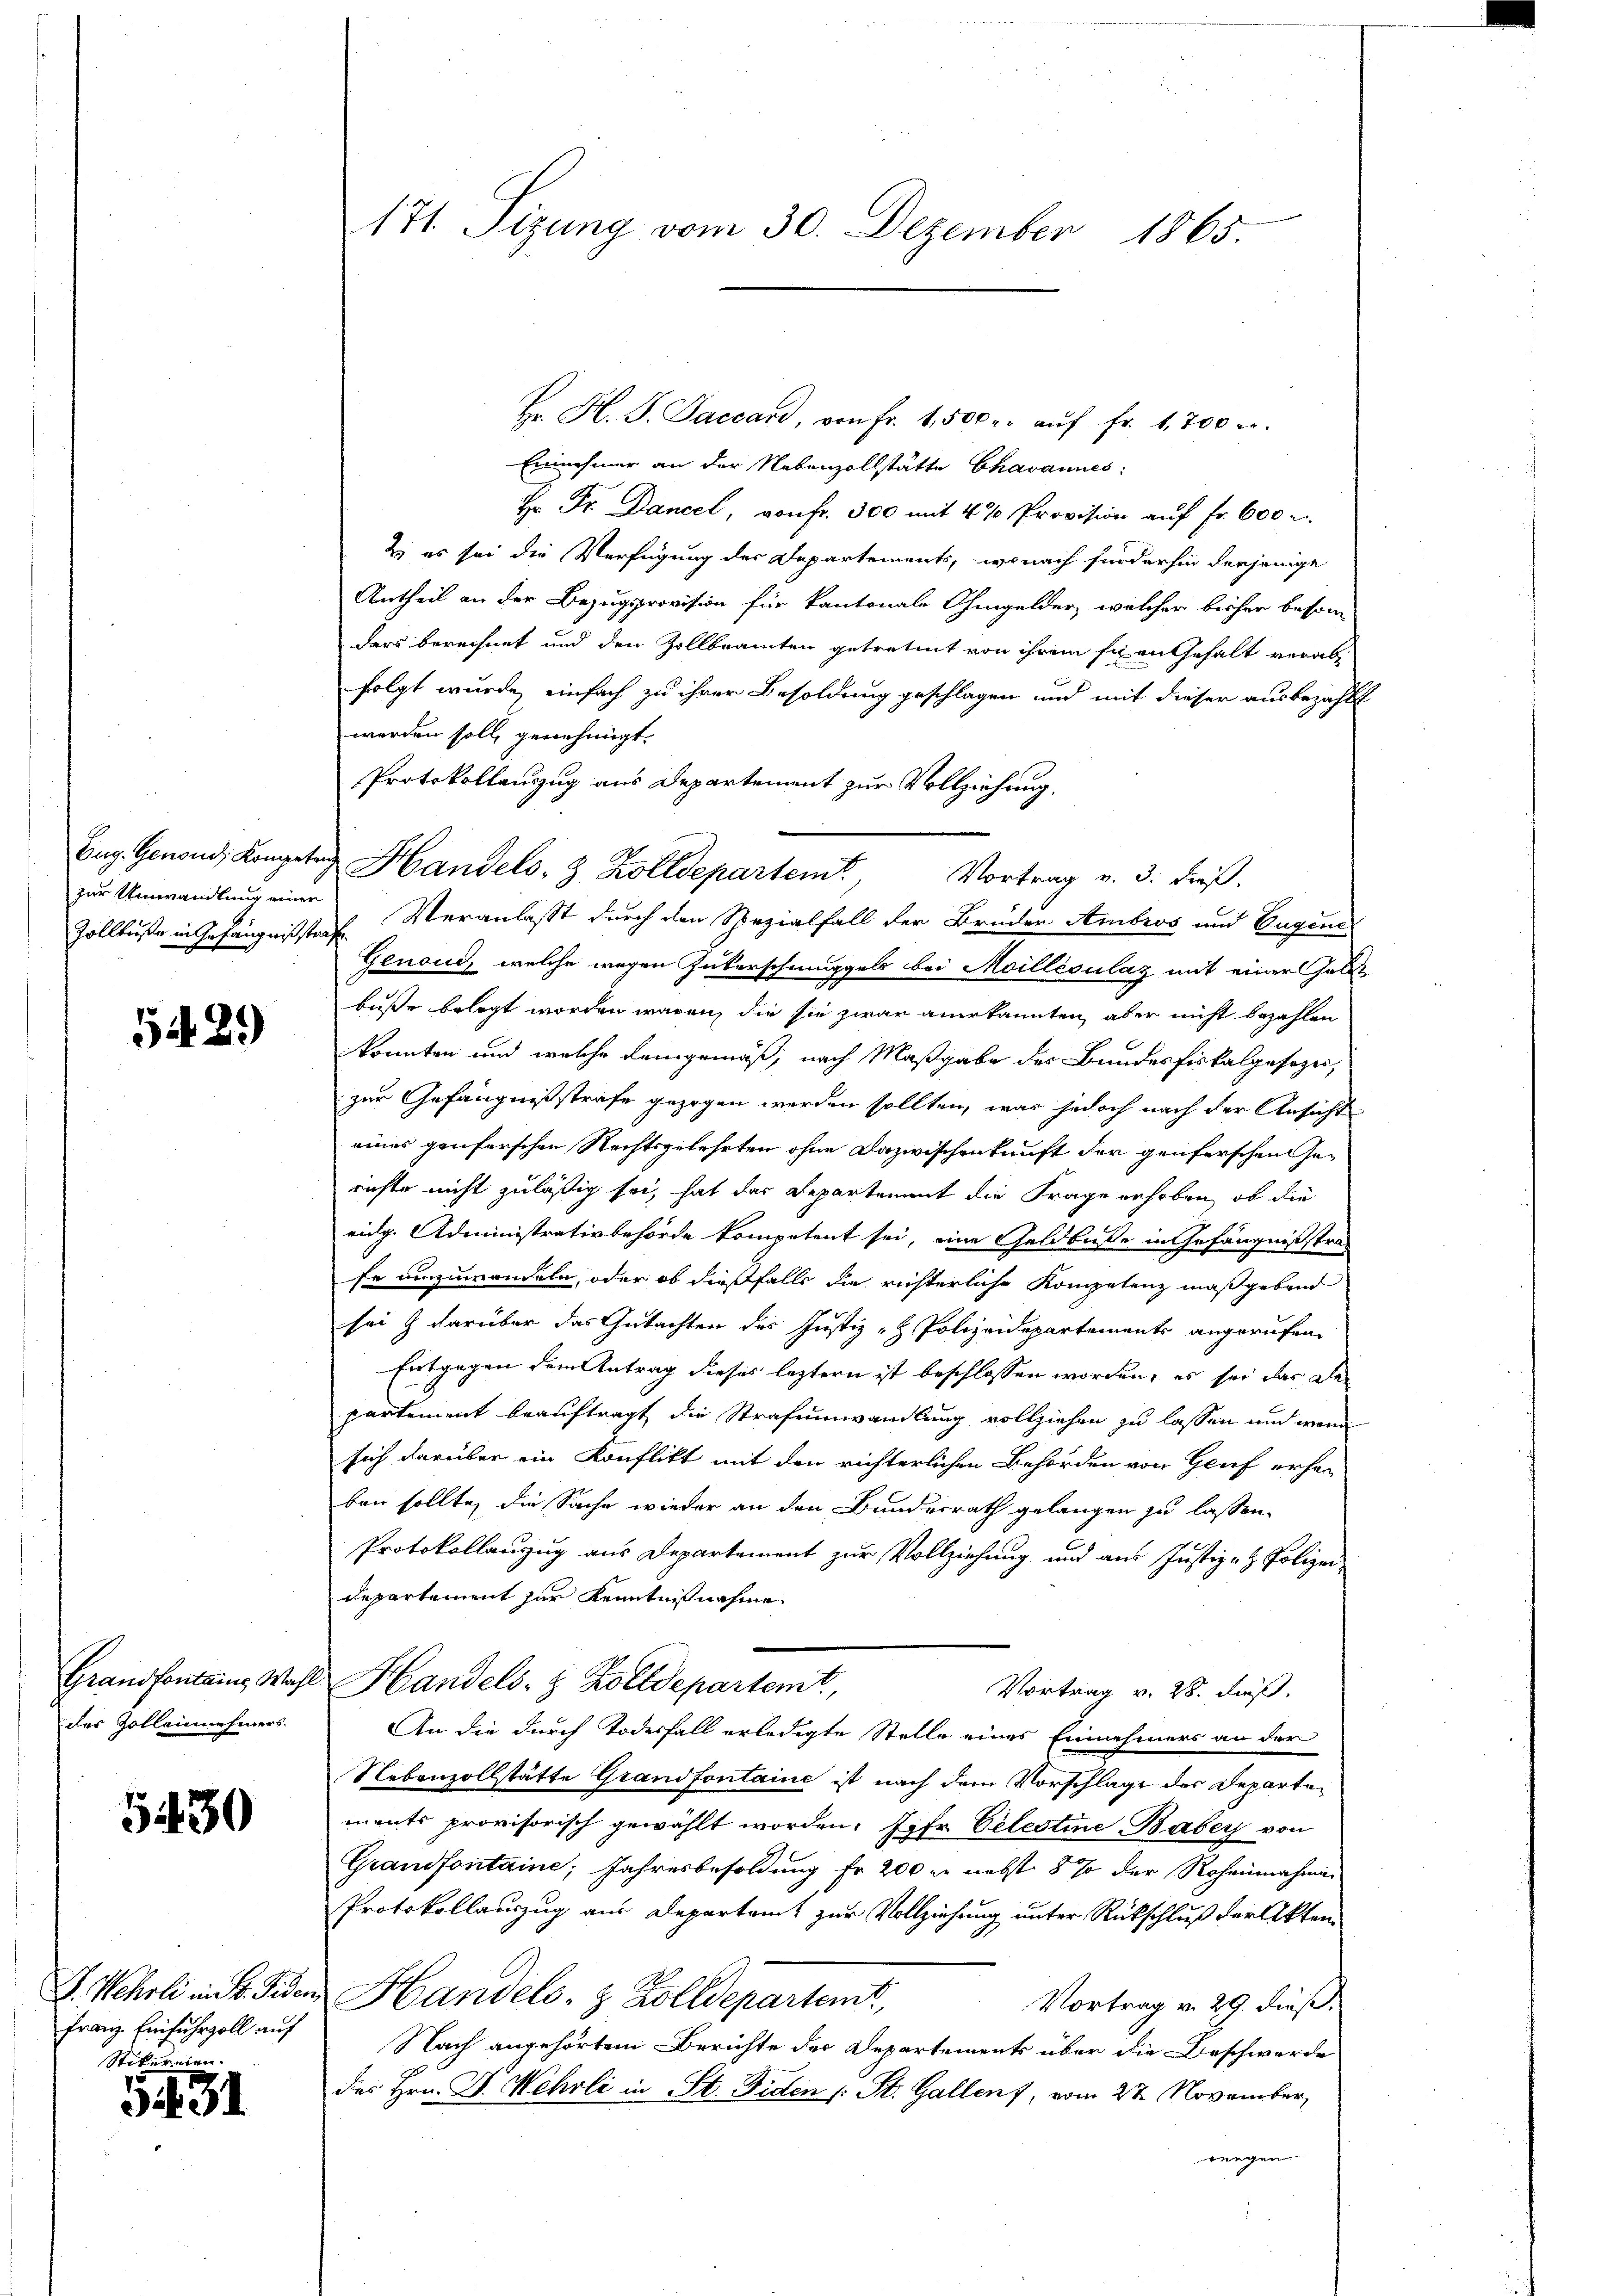
Zollise in Gefängnißstrafe

5429

des Zolleinehmers.

5430

Franz Einfuhrzoll auf
Stitreten

5431

171. Sizung vom 30. Dezember
1865.

Hr. H. J. Jacean, von Fr. 1,500 r. aŭf fr. 1,700 r.
Einnehmer an der Nebenzollstätte Chavannes:
Hr Dr. Dancel, von fr. 300 mit 4 % Provision auf Fr. 600 r
2. es sei die Verfügung der Departements, wonach finderhin derjenige
Antheil an der Bezugsprovision für kantonale Ohmgelder, welcher bisher beson-
ders berechnet und den Zollbeamten getretent von ihrem sian Gehalt verabfolgt wurde, einfach zu ihrer Besoldung geschlagen und mit dieser ausbezahlt
werden soll, genehmigt.
Protokollenzzug aus Departement zur Vollziehung.
zur Umwandlung einer Veranlaßt durch den Spezialfall der Bruder Ambros und Eugene
Genaus, welche wegen Güterschmuggels bei Moilléoulaz mit einer halt
buße belegt worden wären, die sie zwar anerkannten, aber nicht bezahlen
konnten und welche demgemäß, nach Maßgabe des Bundesfiskalgesezer,
zur Gefängnißstrafe gezogen werden sollten, was jedoch nach der Ansicht
eines gonforschen Rechtsgelehrten ohne Dazwischenkunft der genferschen Gerichte nicht zuläßig sei, hat das Departement die Frage erhoben, ob die
rig. Administrativbehörde kompetent sei, eine Geldbuße in Gefängnißstrafe umzuwandeln, oder ob dießfalls die richterliche Kompetenz maßgebend
sei & darüber das Gutachten des Justiz - Polizeidepartements angerufen
Entgegen dem Antrag dieses leztern ist beschlossen worden, es sei das De
partement beauftragt die Strafumwandlung vollziehen zu lassen und wenn
sich darüber ein Konflikt mit den richterlichen Behörden von Genf erher
ben sollte, die Sache wieder an den Bundesrath gelangen zu lassen.
Protokollanzug aus Departement zur Vollziehung und aus Justiz- & Polizei
departement zur Kenntnißnahme
Grandfontains Wahl Handels- & Zolldepartemt,
Vortrag v. 28. dieß.
An die durch Todesfall erledigte Stelle eines Einnehmers an der
Nebenzollstätte Grandfontaine ist nach dem Vorschlage der Departements provisorisch gewählt worden. Jgfr. Celestine Babey von
Grandfontaine, Jahresbesoldung fr 200 r. nebst 5 % der Roheinnahmen
Protokollauszug aus Departamt zur Vollziehung unter Rückschluß der Akten
J. Wehrli in d. Jeden Handels- & Zolldepartent
Vortrag v. 29. dieß.
Nach angehörtem Berichte der Departements über die Beschwerde
des Hrn. F. Wehrli in St. Fiden (: St. Gallen, vom 27. November,
rungen

Eug. Genoud, Kompeten Handels- & Zolldepartemt, Vortrag v. 3. dieß.